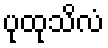
ပုထုသိလံ